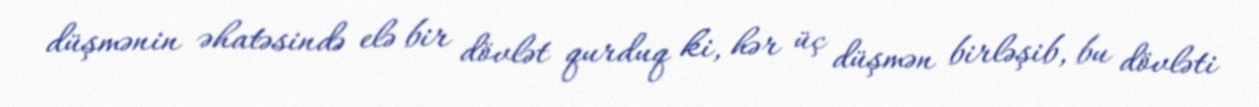
düşmənin əhatəsində elə bir dövlət qurduq ki, hər üç düşmən birləşib, bu dövləti